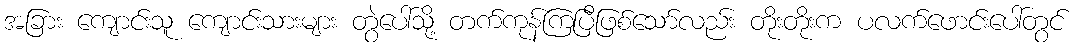
အခြား ကျောင်းသူ ကျောင်းသားများ တွဲပေါ်သို့ တက်ကုန်ကြပြီဖြစ်သော်လည်း တိုးတိုးက ပလက်ဖောင်းပေါ်တွင်